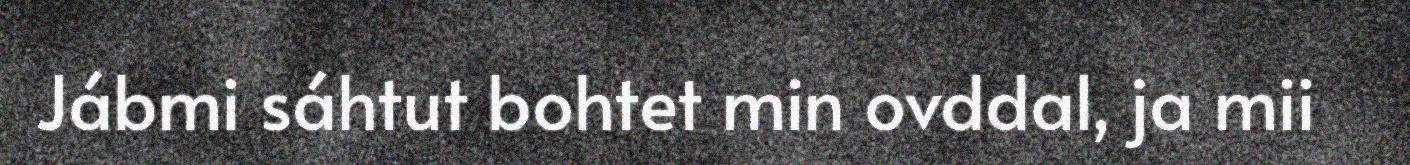
Jábmi sáhtut bohtet min ovddal, ja mii